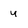
Character: y